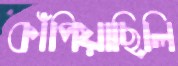
কাঁপিয়াছিলি